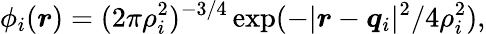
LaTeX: \phi_{i}(\boldsymbol{r})=(2\pi\rho_{i}^{2})^{-3/4}\exp(-|\boldsymbol{r}-\boldsymbol{q}_{i}|^{2}/4\rho_{i}^{2}),